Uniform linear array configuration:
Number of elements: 64
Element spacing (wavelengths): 0.25
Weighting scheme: blackman
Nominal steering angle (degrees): -30
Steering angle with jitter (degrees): -29.999
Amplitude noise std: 0.05
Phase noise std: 0.05

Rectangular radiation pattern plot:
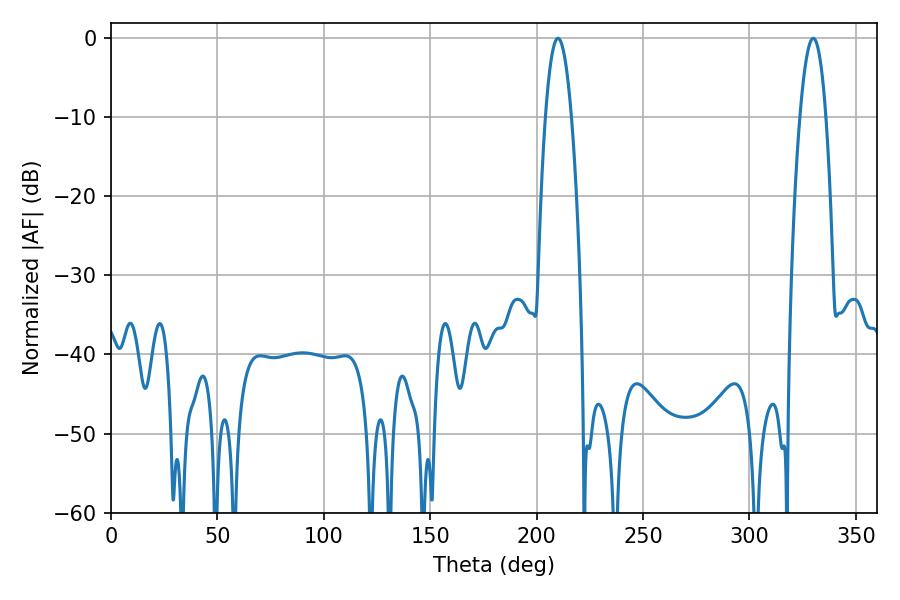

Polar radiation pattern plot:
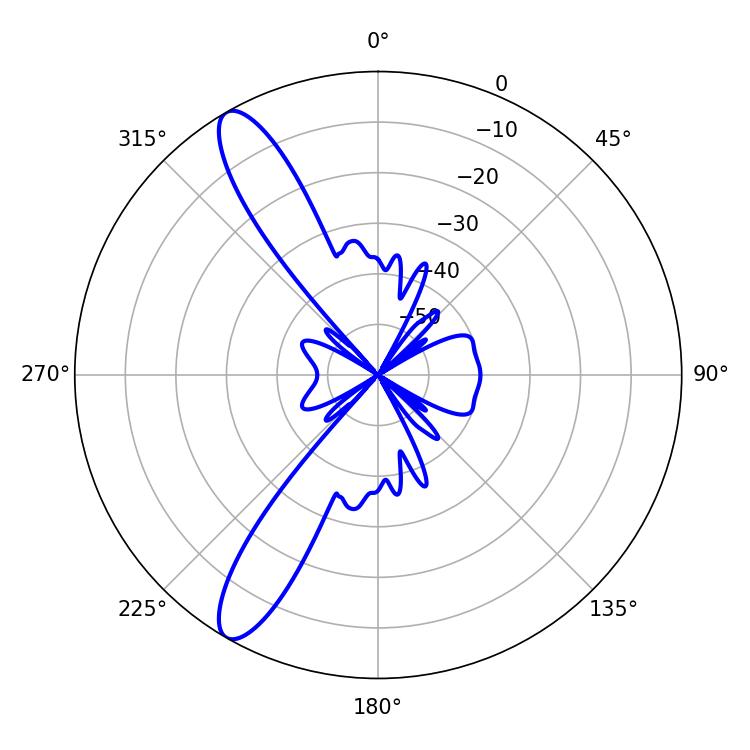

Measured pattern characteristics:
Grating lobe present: FALSE
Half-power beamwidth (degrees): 6.84
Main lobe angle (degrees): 210.06